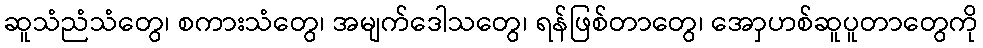
ဆူသံညံသံတွေ၊ စကားသံတွေ၊ အမျက်ဒေါသတွေ၊ ရန်ဖြစ်တာတွေ၊ အောှဟစ်ဆူပူတာတွေကို